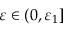
\varepsilon \in ( 0 , \varepsilon _ { 1 } ]